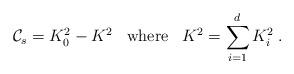
LaTeX: \begin{align*} {\cal C}_s = K_0^2 - K^2 \; \; \; {\rm where} \; \; \; K^2 = \sum_{i = 1}^d K_i^2 \; .\end{align*}